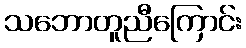
သဘောတူညီကြောင်း